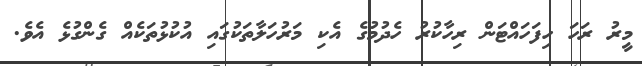
މީރު ރަހަ ހިފަހައްޓަން ރިހާކުރު ހެދުމުގެ އެކި މަރުހަލާތަކުގައި އުކުޅުތަކެއް ގެންގުޅެ އެވެ.